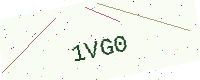
Text: 1VG0